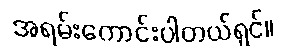
အရမ်းကောင်းပါတယ်ရှင်။